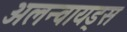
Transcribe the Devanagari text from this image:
अलन्वायड्स